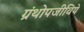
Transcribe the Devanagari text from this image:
ग्रंथोपजीविये